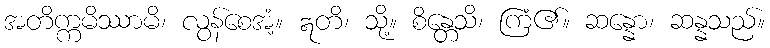
အတိက္ကမိဿာမိ၊ လွန်စေအံ့။ ဣတိ၊ သို့။ စိန္တေသိ၊ ကြံ၏။ ဆန္နော၊ ဆန္နသည်။